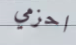
احزمي